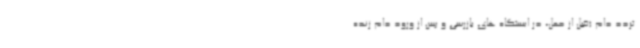
تردد دام (قبل از حمل، در ایستگاه های بازرسی و پس از ورود دام زنده